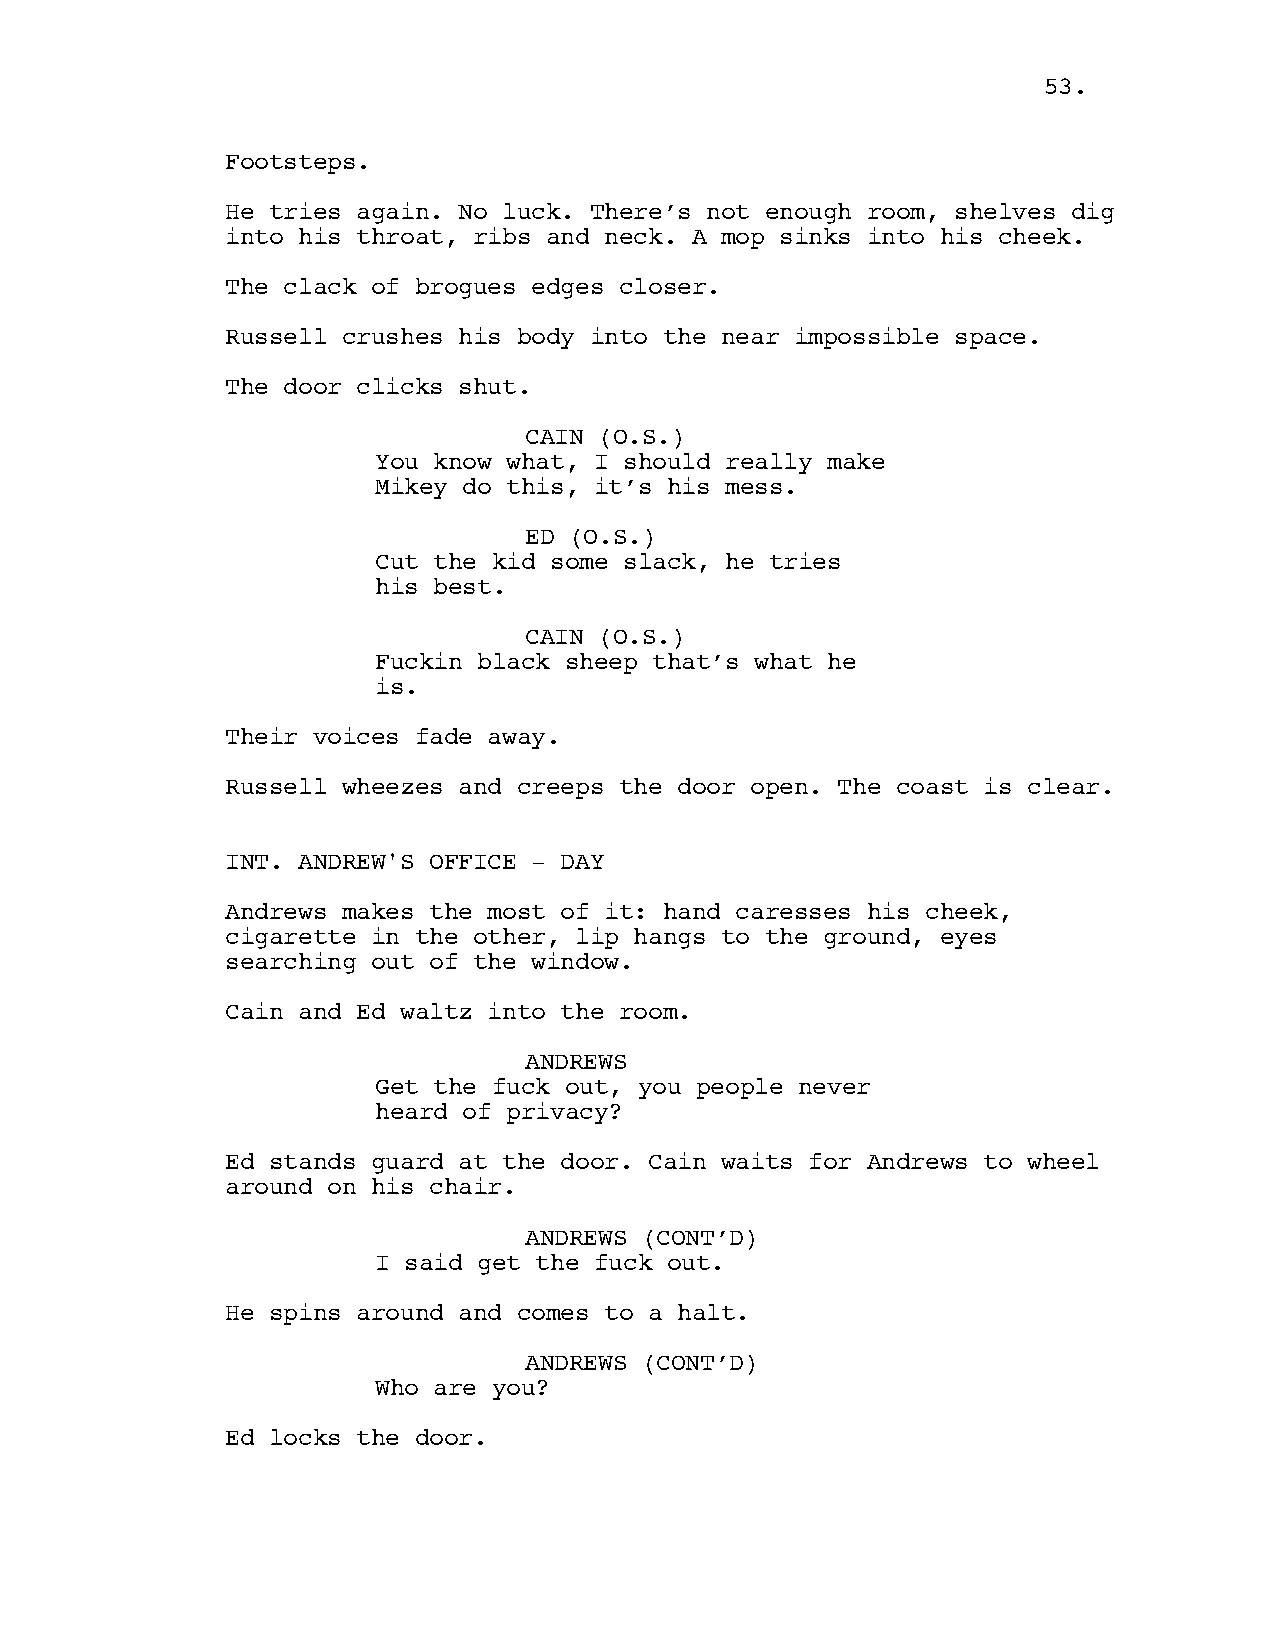
53.
 Footsteps.
 He tries again. No luck. There’s not enough room, shelves dig
 into his throat, ribs and neck. A mop sinks into his cheek.
 The clack of brogues edges closer.
 Russell crushes his body into the near impossible space.
 The door clicks shut.
 CAIN (O.S.)
 You know what, I should really make
 Mikey do this, it’s his mess.
 ED (O.S.)
 Cut the kid some slack, he tries
 his best.
 CAIN (O.S.)
 Fuckin black sheep that’s what he
 is.
 Their voices fade away.
 Russell wheezes and creeps the door open. The coast is clear.
 INT. ANDREW'S OFFICE - DAY
 Andrews makes the most of it: hand caresses his cheek,
 cigarette in the other, lip hangs to the ground, eyes
 searching out of the window.
 Cain and Ed waltz into the room.
 ANDREWS
 Get the fuck out, you people never
 heard of privacy?
 Ed stands guard at the door. Cain waits for Andrews to wheel
 around on his chair.
 ANDREWS (CONT’D)
 I said get the fuck out.
 He spins around and comes to a halt.
 ANDREWS (CONT’D)
 Who are you?
 Ed locks the door.